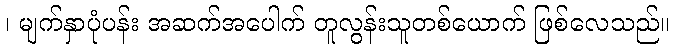
၊ မျက်နှာပုံပန်း အဆက်အပေါက် တူလွန်းသူတစ်ယောက် ဖြစ်လေသည်။